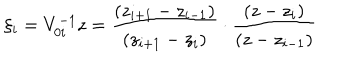
LaTeX: \xi _ { i } = V _ { 0 i } ^ { - 1 } z = \frac { ( z _ { i + 1 } - z _ { i - 1 } ) } { ( z _ { i + 1 } - z _ { i } ) } \cdot \frac { ( z - z _ { i } ) } { ( z - z _ { i - 1 } ) }